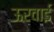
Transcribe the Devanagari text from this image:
ऊरवाई